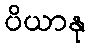
ပိယာနု